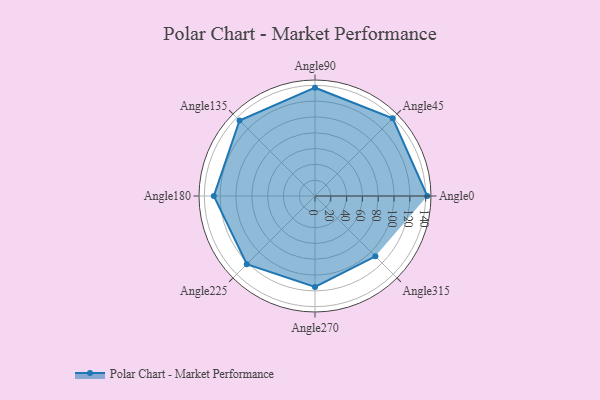
{"axis": {"x": "Angle", "y": "Radius"}, "legend": [""], "data": [{"x": "Angle0", "y": 142.0, "type": ""}, {"x": "Angle45", "y": 139.0, "type": ""}, {"x": "Angle90", "y": 137.0, "type": ""}, {"x": "Angle135", "y": 135.0, "type": ""}, {"x": "Angle180", "y": 128.0, "type": ""}, {"x": "Angle225", "y": 122.0, "type": ""}, {"x": "Angle270", "y": 115.0, "type": ""}, {"x": "Angle315", "y": 108.0, "type": ""}]}